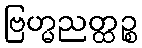
ဗြဟ္မညတ္ထဉ္စ